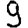
Digit: 9